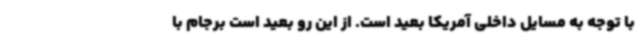
با توجه به مسایل داخلی آمریکا بعید است. از این رو بعید است برجام با